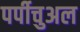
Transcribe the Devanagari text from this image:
पर्पीचुअल